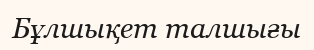
Бұлшықет талшығы